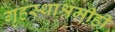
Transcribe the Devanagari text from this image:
गृहस्थाश्रमीही